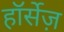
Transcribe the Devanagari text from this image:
हॉर्सेज़